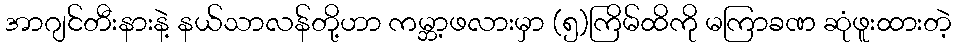
အာဂျင်တီးနားနဲ့ နယ်သာလန်တို့ဟာ ကမ္ဘာ့ဖလားမှာ (၅)ကြိမ်ထိကို မကြာခဏ ဆုံဖူးထားတဲ့